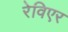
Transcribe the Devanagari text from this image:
रेविएर